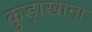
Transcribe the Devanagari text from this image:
कुड़ाखाना